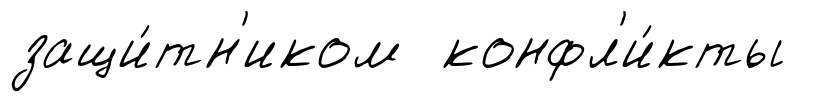
защи́тн'иком конфл'и́кты